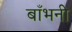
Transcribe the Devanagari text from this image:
बाँभनी